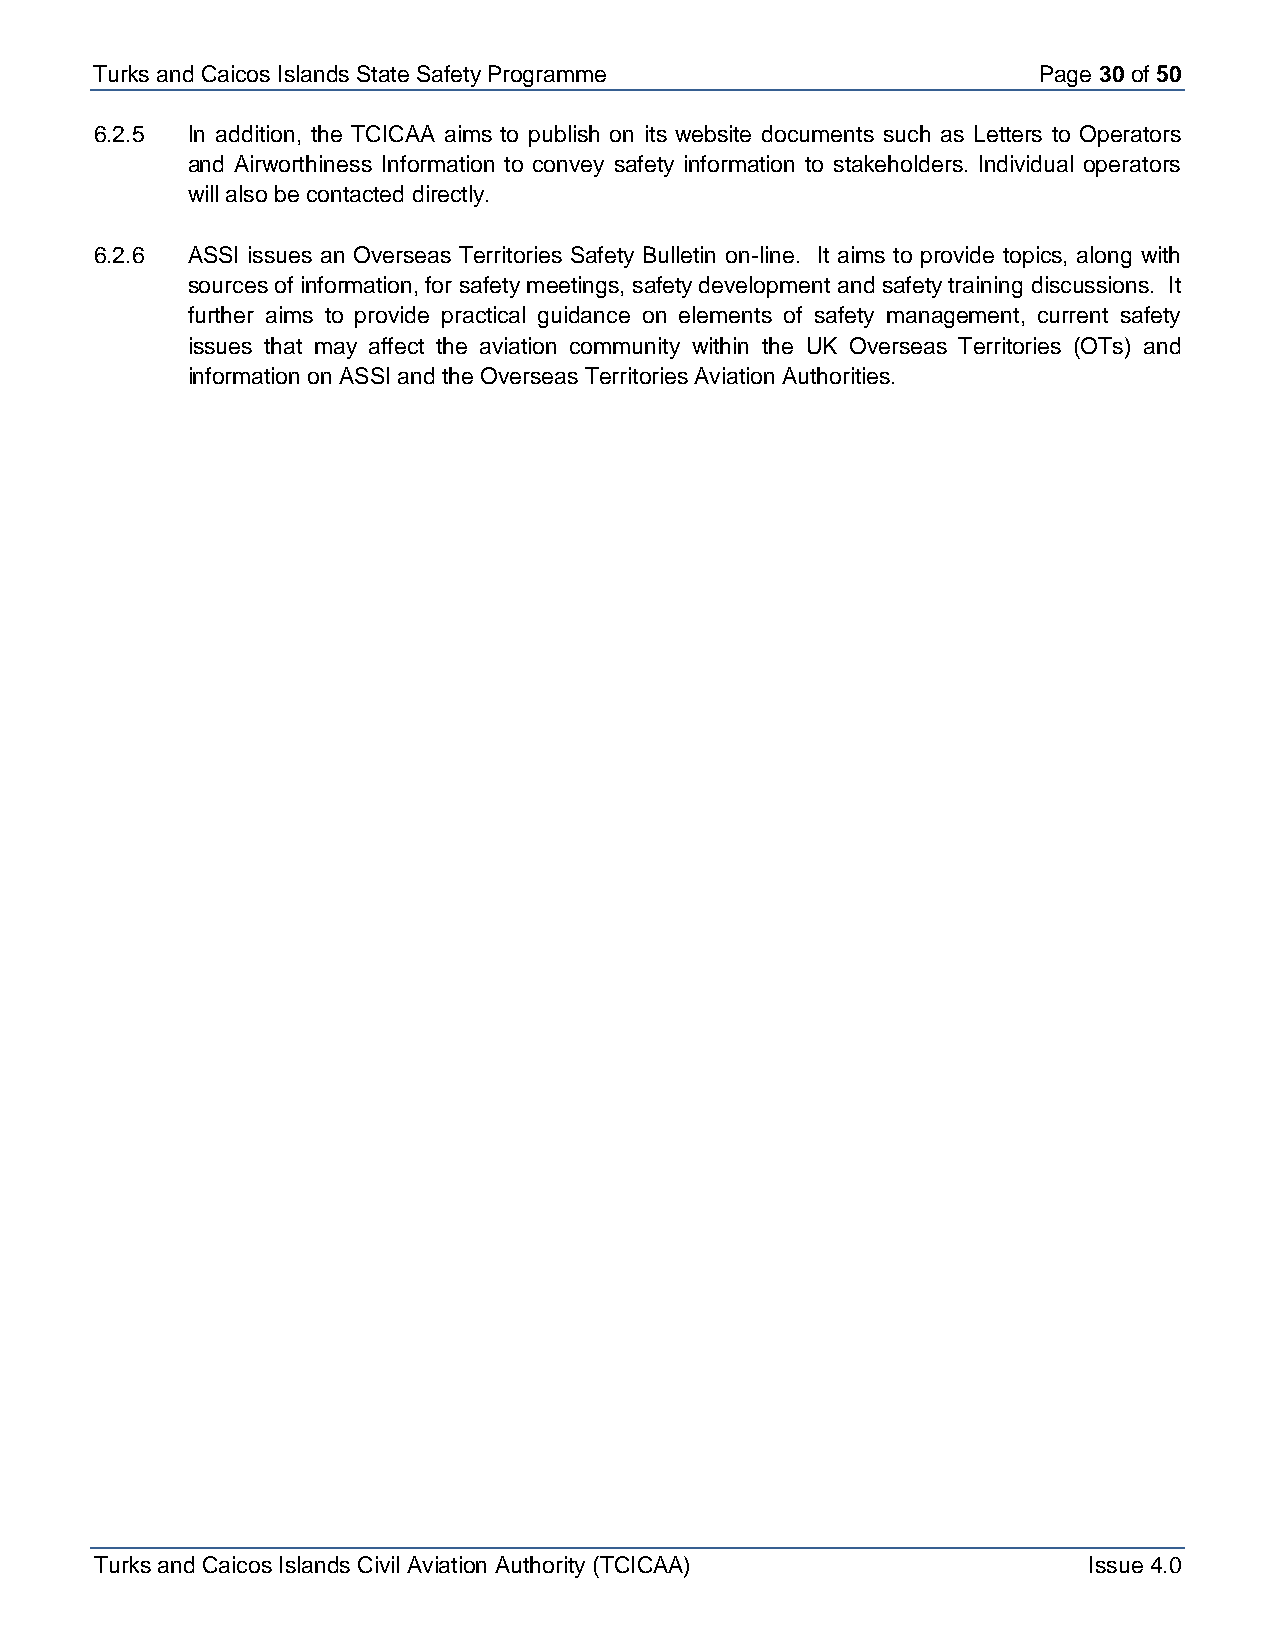
Turks and Caicos Is lands State Safety Programme               Page 30 of 50
 6.2.5 In addition, the TCICAA aims to publish on its website documents such as Letters to Operators
 and Airworthiness Information to convey safety information to stakeholders. Individual operators
 will also be contacted directly.
 6.2.6 ASSI issues an Overseas Territories Safety Bulletin on-line. It aims to provide topics, along with
 sources of information, for safety meetings, safety development and safety training discussions. It
 further aims to provide practical guidance on elements of safety management, current safety
 issues that may affect the aviation community within the UK Overseas Territories (OTs) and
 information on ASSI and the Overseas Territories Aviation Authorities.
 Turks and Caicos Islands Civil Aviation Authority (TCICAA)        Issue 4.0